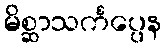
မိစ္ဆာသင်္ကပ္ပေန